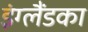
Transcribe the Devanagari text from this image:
इंग्लैंडका